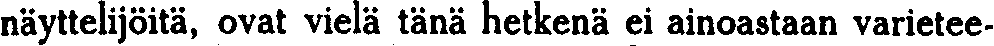
näyttelijöitä, ovat vielä tänä hetkenä ei ainoastaan varietee-